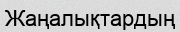
Жаңалықтардың